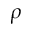
\rho